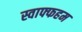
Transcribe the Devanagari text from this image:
स्वाफ्फहम